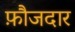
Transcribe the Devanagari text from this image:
फ़ौजदार